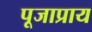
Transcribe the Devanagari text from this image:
पूजाप्राय